Indian journal of veterinary science and animal husbandry - Volume 8,
Year: 1938
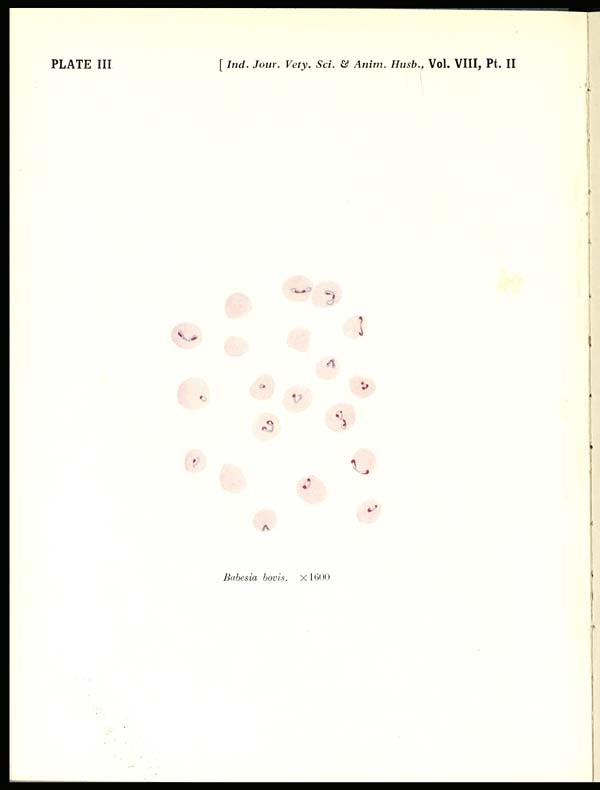
PLATE III
[ Ind. Jour. Vety. Sci. & Anim. Husb., Vol. VIII, Pt. II
Babesia bovis. × 1600